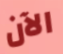
الآن